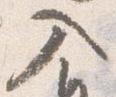
入